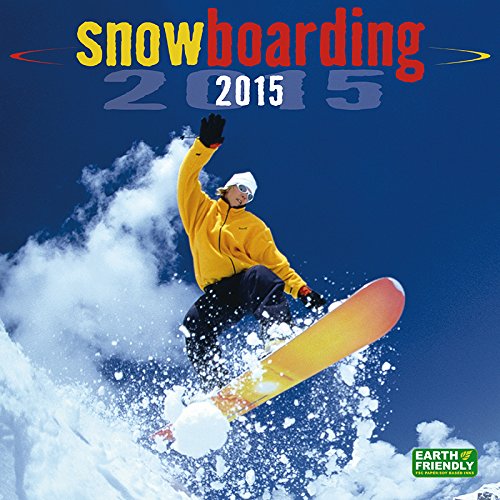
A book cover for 2015 Snowboarding; Zebra Publishing Corp.; Sports & Outdoors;